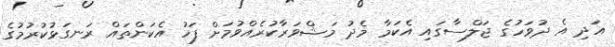
އަދި އެ ދުވަހުގެ ޖަލްސާގައި އެކަމާ މެދު މަޝްވަރާކުރެއްވުމަށް ފަހު އެކަންތައް ރަނގަޅުކުރުމުގެ